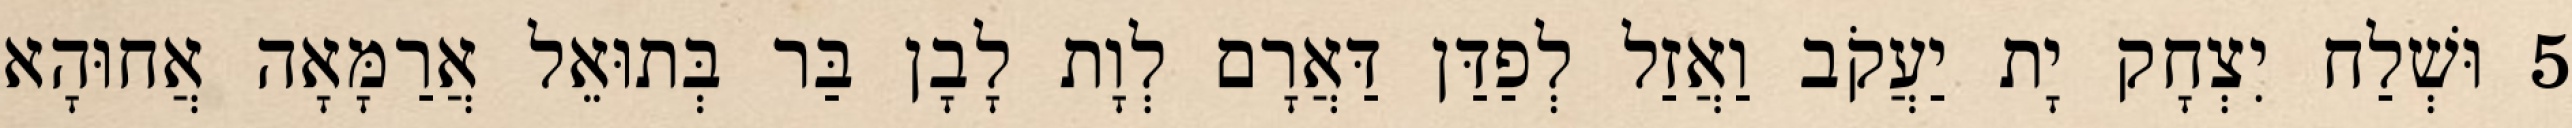
5 וּשְׁלַח יִצְחָק יָת יַעֲקֹב וַאֲזַל לְפַדַּן דַּאֲרָם לְוָת לָבָן בַּר בְּתוּאֵל אֲרַמָּאָה אֲחוּהָא